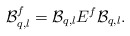
\begin{align*} \mathcal B^f_{q,l}=\mathcal B_{q, l} E^f \mathcal B_{q, l}.\end{align*}